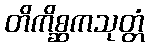
တိကိစ္ဆကသုတ္တံ